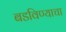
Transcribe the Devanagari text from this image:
बडविण्याचा